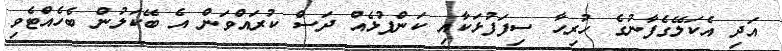
އަދި އެކަލޭގެފާނުގެ ހުރިހާ ސިފަފުޅަކާއި ކަންފުޅެއް ދަސް ކުރައްވަން އެ ބޭކަލުން ބެހެއްޓެވި